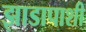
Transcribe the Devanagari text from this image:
झाडापाशी